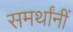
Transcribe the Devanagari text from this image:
समर्थांनीं